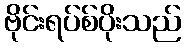
ဗိုင်းရပ်စ်ပိုးသည်